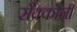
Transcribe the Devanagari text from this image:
सैक्कोनी